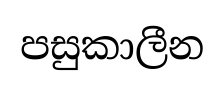
පසුකාලීන